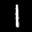
Label: 1